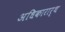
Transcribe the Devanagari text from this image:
अधिकारार्थ